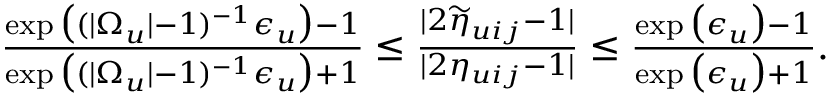
\begin{array} { r } { \frac { \exp \big ( ( | \Omega _ { u } | - 1 ) ^ { - 1 } \epsilon _ { u } \big ) - 1 } { \exp \big ( ( | \Omega _ { u } | - 1 ) ^ { - 1 } \epsilon _ { u } \big ) + 1 } \leq \frac { | 2 \widetilde { \eta } _ { u i j } - 1 | } { | 2 \eta _ { u i j } - 1 | } \leq \frac { \exp \big ( \epsilon _ { u } \big ) - 1 } { \exp \big ( \epsilon _ { u } \big ) + 1 } . } \end{array}